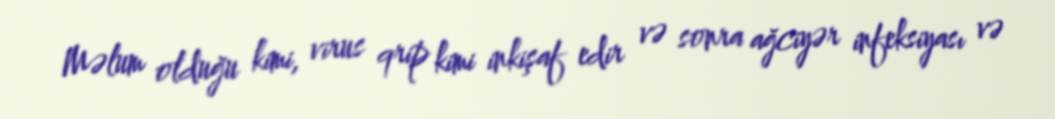
Məlum olduğu kimi, virus qrip kimi inkişaf edir və sonra ağciyər infeksiyası və